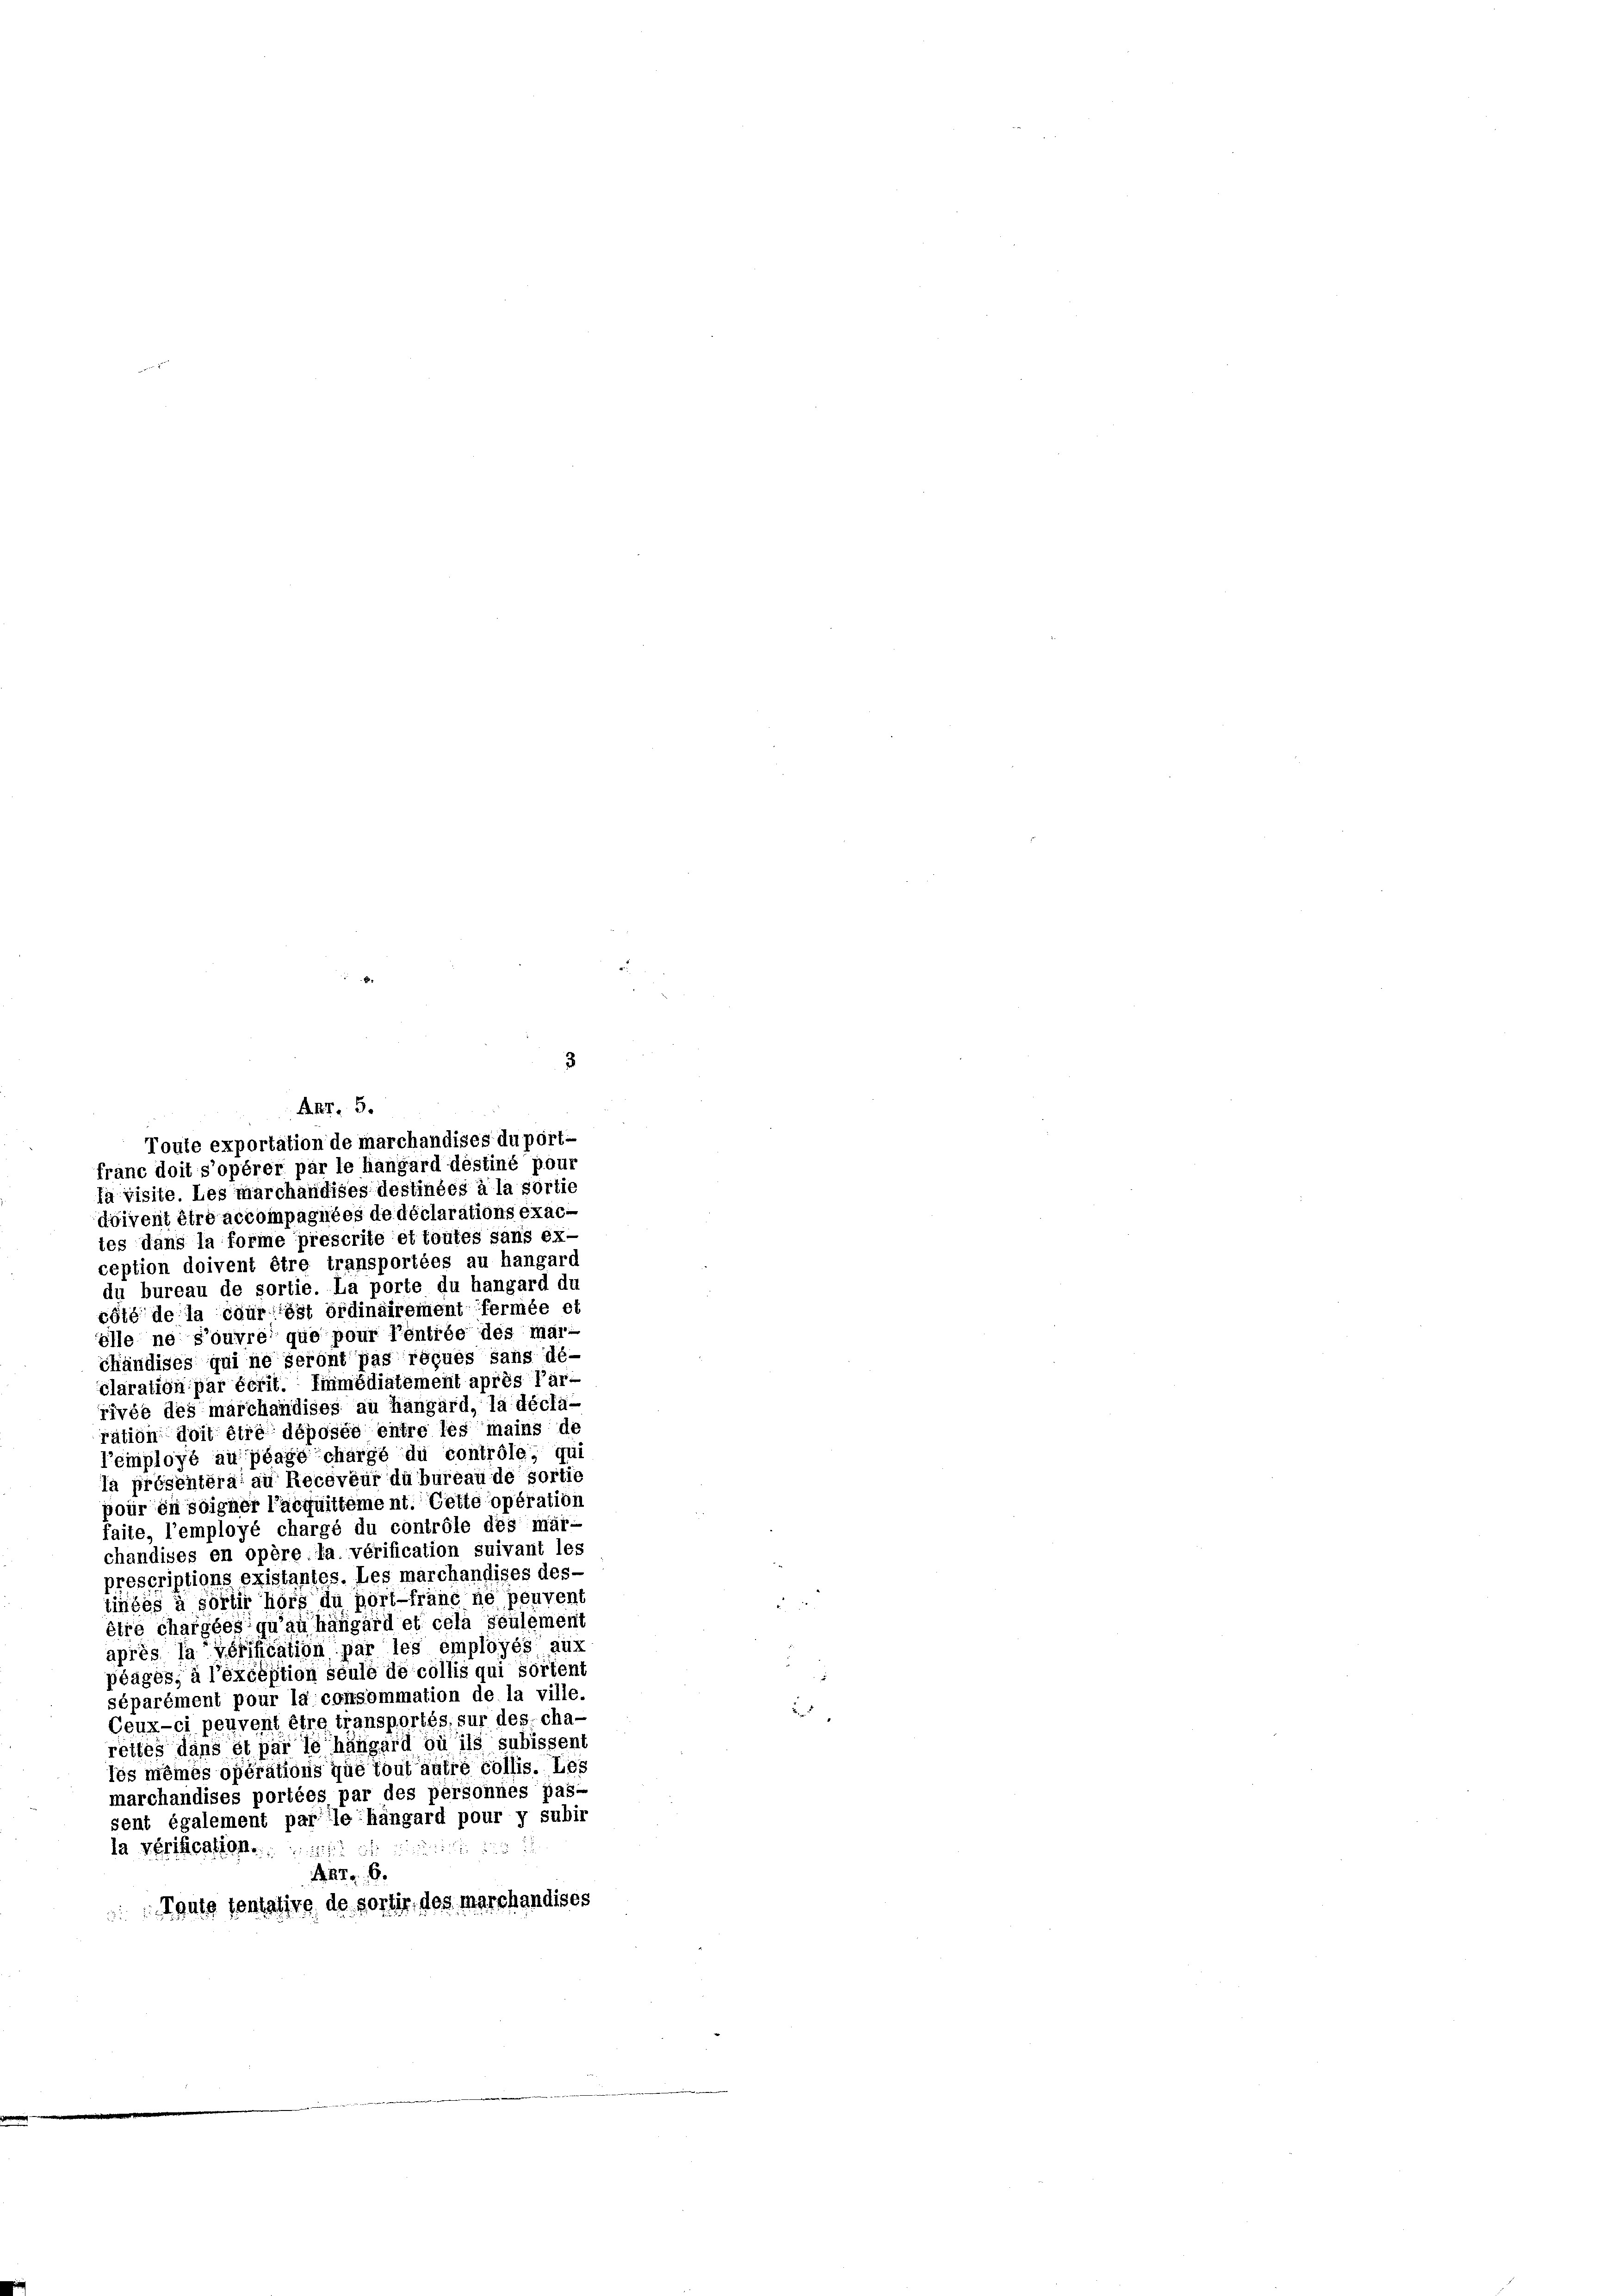
ANr. 5.
Toute exportation de marchandises duport-

franc doit s’opérer par le hangard destiné pour
la visite. Les marchandises destinées à la sortie
doivent être accompagnées de déclarations exac-
tes dans la forme prescrite et toutes sans ex-
ception doivent être transportées au hangard
du bureau de sortie. La porte du hangard du
côté de la courist ordinairement fermée et
ölle ne s’ouvre que pour l’entrée des mar-
chändises qui ne seront pas reçues sans dé-
olaration par écrit. Immédiatement après l’ar-
rivée des marchandises au hangard, la décla-
ration doit être déposée entre les mains de
l’employé au plage chargé du controle, qui
la présentéral au Receveur dübureau de sortie
pour in soigner l’acquittement. Cette opération
faite, l’employé chargé du contrôle des mar-
chandises en opère la vérification suivant les
prescriptions existantes. Les marchandises des-
tinées à sörtir hörs du port-fränc ne peuvent
être chargées qu’au hängard et cela seulement
après la vérification par les employés aux
péages, à l’éxcéption seule de collis qui sortent
séparément pour la consommation de la ville.
Ceux-ci peuvent être transportés, sur des cha-
rettes dans et par le hängard bu’ils subissent
tes meines opérations que tout autre collis. Les
marchandises portées par des personnes passent également par le hängard pour y subir
la vérification.

 276.
Toute sentative de sortir des marchandises